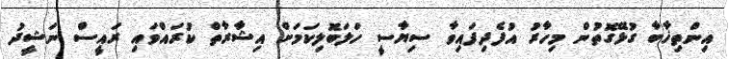
އިންތިޚާބާ ގުޅޭގޮތުން މިހާރު އުފެދިފައިވާ ސިޔާސީ ހަލަބޮލިކަމަށް އިޝާރާތް ކުރައްވައި ރައީސް ނަޝީދު